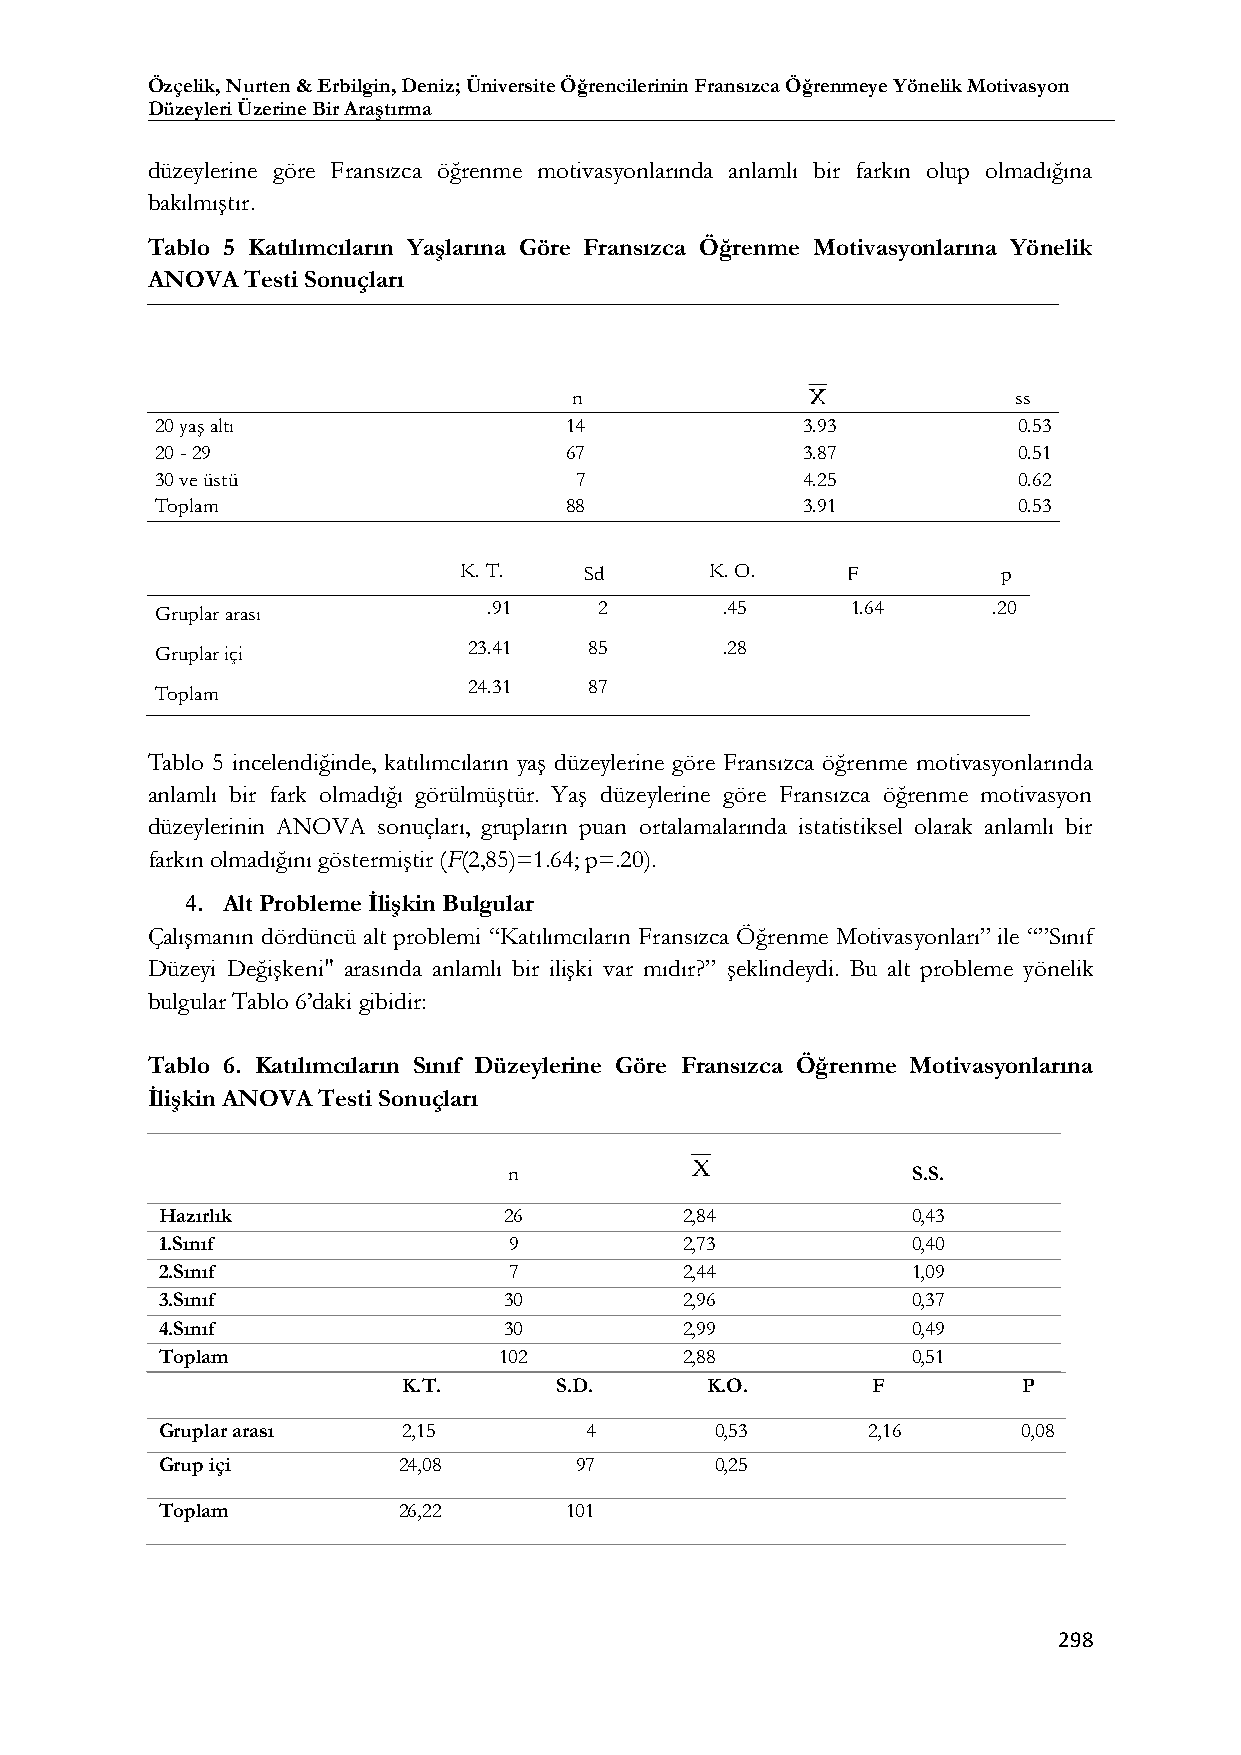
Özçelik, Nurten & Erbilgin, Deniz; Üniversite Öğrencilerinin Fransızca Öğrenmeye Yönelik Motivasyon
 Düzeyleri Üzerine Bir Araştırma
 düzeylerine göre Fransızca öğrenme motivasyonlarında anlamlı bir farkın olup olmadığına
 bakılmıştır.
 Tablo 5 Katılımcıların Yaşlarına Göre Fransızca Öğrenme Motivasyonlarına Yönelik
 ANOVA Testi Sonuçları
 n                            ss
 20 yaş altı                14              3.93          0.53
 20 - 29                    67              3.87          0.51
 30 ve üstü                  7              4.25          0.62
 Toplam                     88              3.91          0.53
 K. T.    Sd      K. O.    F         p
 .91     2       .45     1.64      .20
 Gruplar arası
 Gruplar içi          23.41   85       .28
 Toplam               24.31   87
 Tablo 5 incelendiğinde, katılımcıların yaş düzeylerine göre Fransızca öğrenme motivasyonlarında
 anlamlı bir fark olmadığı görülmüştür. Yaş düzeylerine göre Fransızca öğrenme motivasyon
 düzeylerinin ANOVA sonuçları, grupların puan ortalamalarında istatistiksel olarak anlamlı bir
 farkın olmadığını göstermiştir (F(2,85)=1.64; p=.20).
 4. Alt Probleme İlişkin Bulgular
 Çalışmanın dördüncü alt problemi “Katılımcıların Fransızca Öğrenme Motivasyonları” ile “”Sınıf
 Düzeyi Değişkeni" arasında anlamlı bir ilişki var mıdır?” şeklindeydi. Bu alt probleme yönelik
 bulgular Tablo 6’daki gibidir:
 Tablo 6. Katılımcıların Sınıf Düzeylerine Göre Fransızca Öğrenme Motivasyonlarına
 İlişkin ANOVA Testi Sonuçları
 n                         S.S.
 Hazırlık              26          2,84           0,43
 1.Sınıf                9          2,73           0,40
 2.Sınıf                7          2,44           1,09
 3.Sınıf               30          2,96           0,37
 4.Sınıf               30          2,99           0,49
 Toplam                102         2,88           0,51
 K.T.      S.D.      K.O.       F         P
 Gruplar arası   2,15        4       0,53      2,16       0,08
 Grup içi       24,08       97       0,25
 Toplam         26,22      101
 298